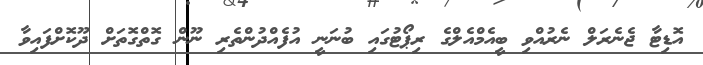
އޮޑިޓާ ޖެނެރަލް ނެރުއްވި ބީއެމްއެލްގެ ރިޕޯޓުގައި ބުނަނީ އުފެއްދުންތެރި ނޫން ގޮތްގޮތަށް ދޫކޮށްފައިވާ